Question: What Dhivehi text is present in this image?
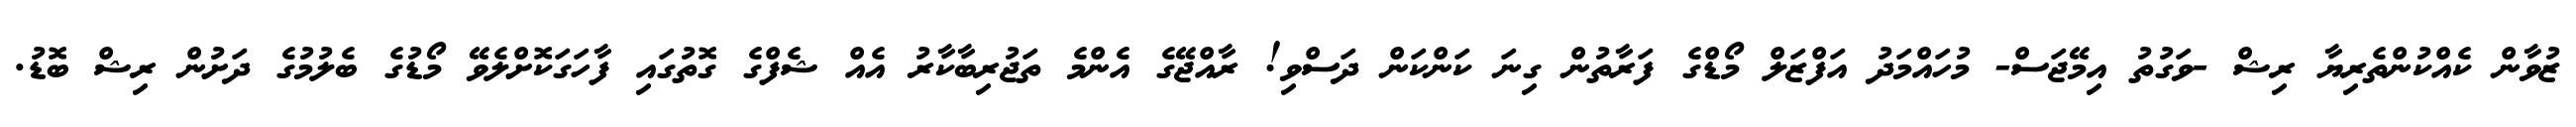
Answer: ޒުވާން ކެއްކުންތެރިޔާ ރިޝް -ވަގުތު އިމޭޖަސް- މުހައްމަދު އަފްޒަލް މޯޑްގެ ފަރާތުން ގިނަ ކަންކަން ދަސްވި! ރާއްޖޭގެ އެންމެ ތަޖުރިބާކާރު އެއް ޝެފްގެ ގޮތުގައި ފާހަގަކޮށްލެވޭ މޯޑުގެ ބެލުމުގެ ދަށުން ރިޝް ބޮޑު.